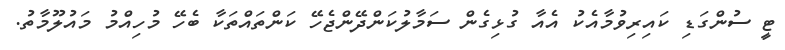
ޓީ ސުންގަޑި ކައިރިވުމާއެކު އެއާ ގުޅިގެން ސަމާލުކަންދޭންޖެހޭ ކަންތައްތަކާ ބެހޭ މުހިއްމު މައުލޫމާތު.